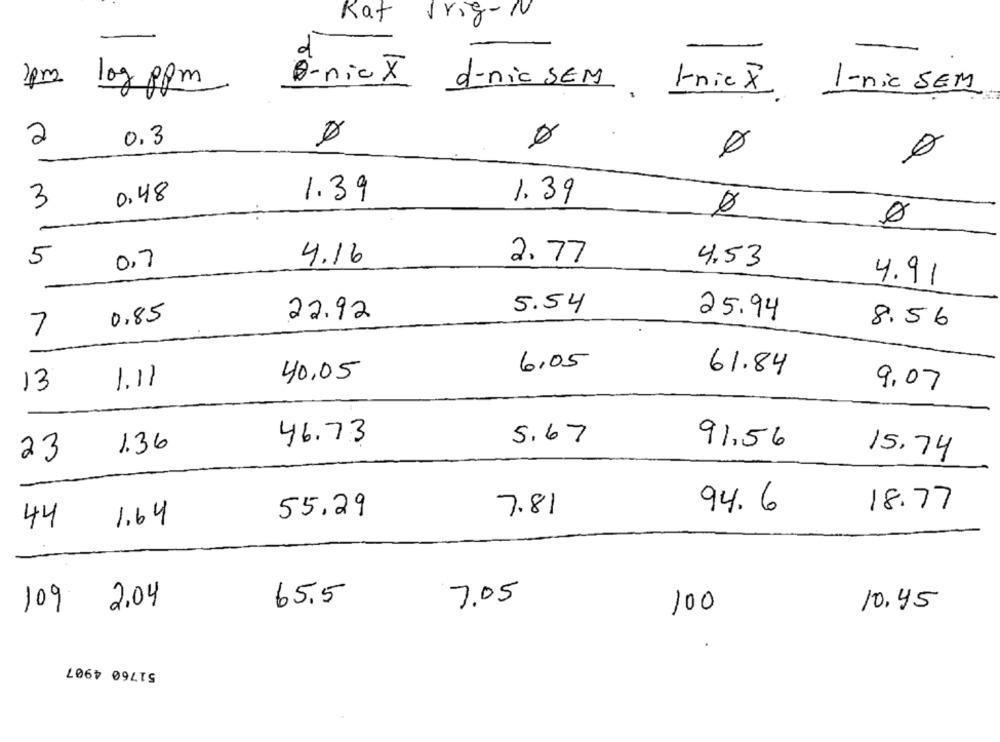
Kat
Trig-N
e
o-nicx
1pm2 1og 8pm
d-nic SEM kniel
1-nic SEM
2
0.3
0,48
1.39
1.39
3
5
2.77
0,7
4.16
4.53
4.91
5.54
0,85
22.92
25.94
8.56
7
6,05
40,05
61.84
13
1.11
9,07
46.73
5.67
91.56
1.36
23
15.74
55.29
94.6
18.77
7.81
44
1.64
65.5
7.05
109
2.04
100
10.45
51760 4907